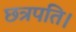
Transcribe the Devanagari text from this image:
छत्रपति।